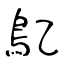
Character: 鳦